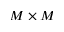
M \times M